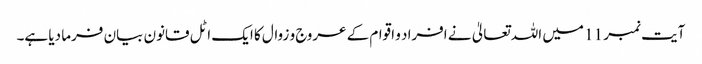
آیت نمبر 11 میں اللہ تعالیٰ نے افراد و اقوام کے عروج و زوال کا ایک اٹل قانون بیان فرما دیا ہے۔